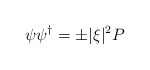
\begin{align*}\psi\psi^\dagger = \pm |\xi|^2 P\end{align*}